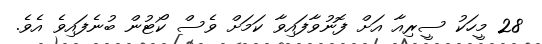
28 މީހަކު ސީރިއާ އަށް ފޮނުވާފައިވާ ކަމަށް ވެސް ކޯޓުން ބުނެފައިވެ އެވެ.